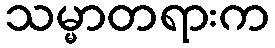
သမ္မာတရားက